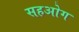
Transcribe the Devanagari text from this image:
सहओग